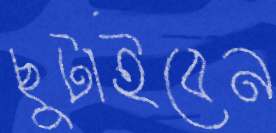
ছুটাইবেন